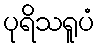
ပုရိသရူပံ